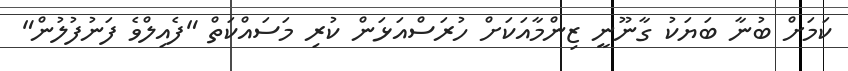
ކަމަށް ބުނާ ބަޔަކު ގާނޫނީ ޒިންމާއަކަށް ހުރަސްއަޅަން ކުރި މަސައްކަތް "ފެއިލްވެ ފަނުފުލުން"